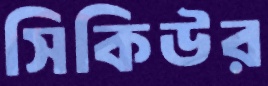
সিকিউর